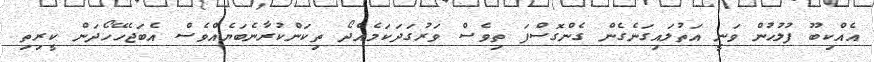
އެއްކިބޫ ފުލުހުން ވަނީ އަތުލައިގަނެގެން ގެންގޮސްފަ ތިވެސް ވަރުގަދަކަމެއްދޯ ތިކަންކުރާނެބަޔެއްވެސް އެބަޖެހޭހޯދަން ކީރިތި